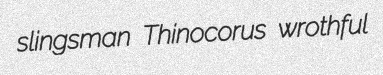
slingsman Thinocorus wrothful